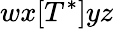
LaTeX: wx[T^{*}]yz